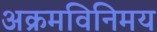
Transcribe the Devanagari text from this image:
अक्रमविनिमय